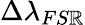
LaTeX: \Delta\lambda_{FS\mathbb{R}}